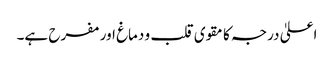
اعلیٰ درجہ کا مقوی قلب و دماغ اور مفرح ہے۔